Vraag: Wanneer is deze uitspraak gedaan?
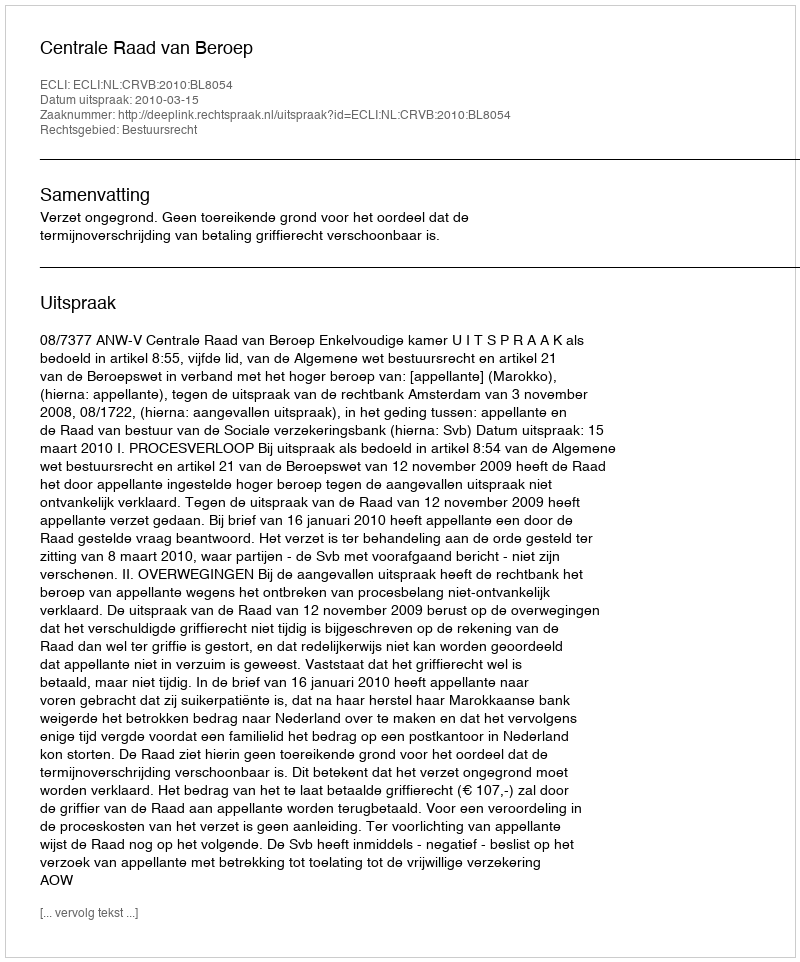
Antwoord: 2010-03-15